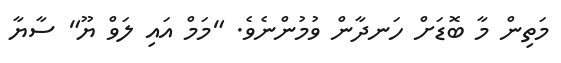
މަތިން މާ ބޮޑަށް ހަނދާން ވުމުންނެވެ. "މަމް އައި ލަވް ޔޫ" ސާޔާ